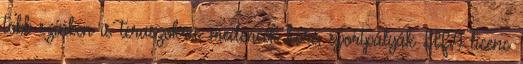
több színben is teraszokra, medencék köré, sportpályák FIFA licenc